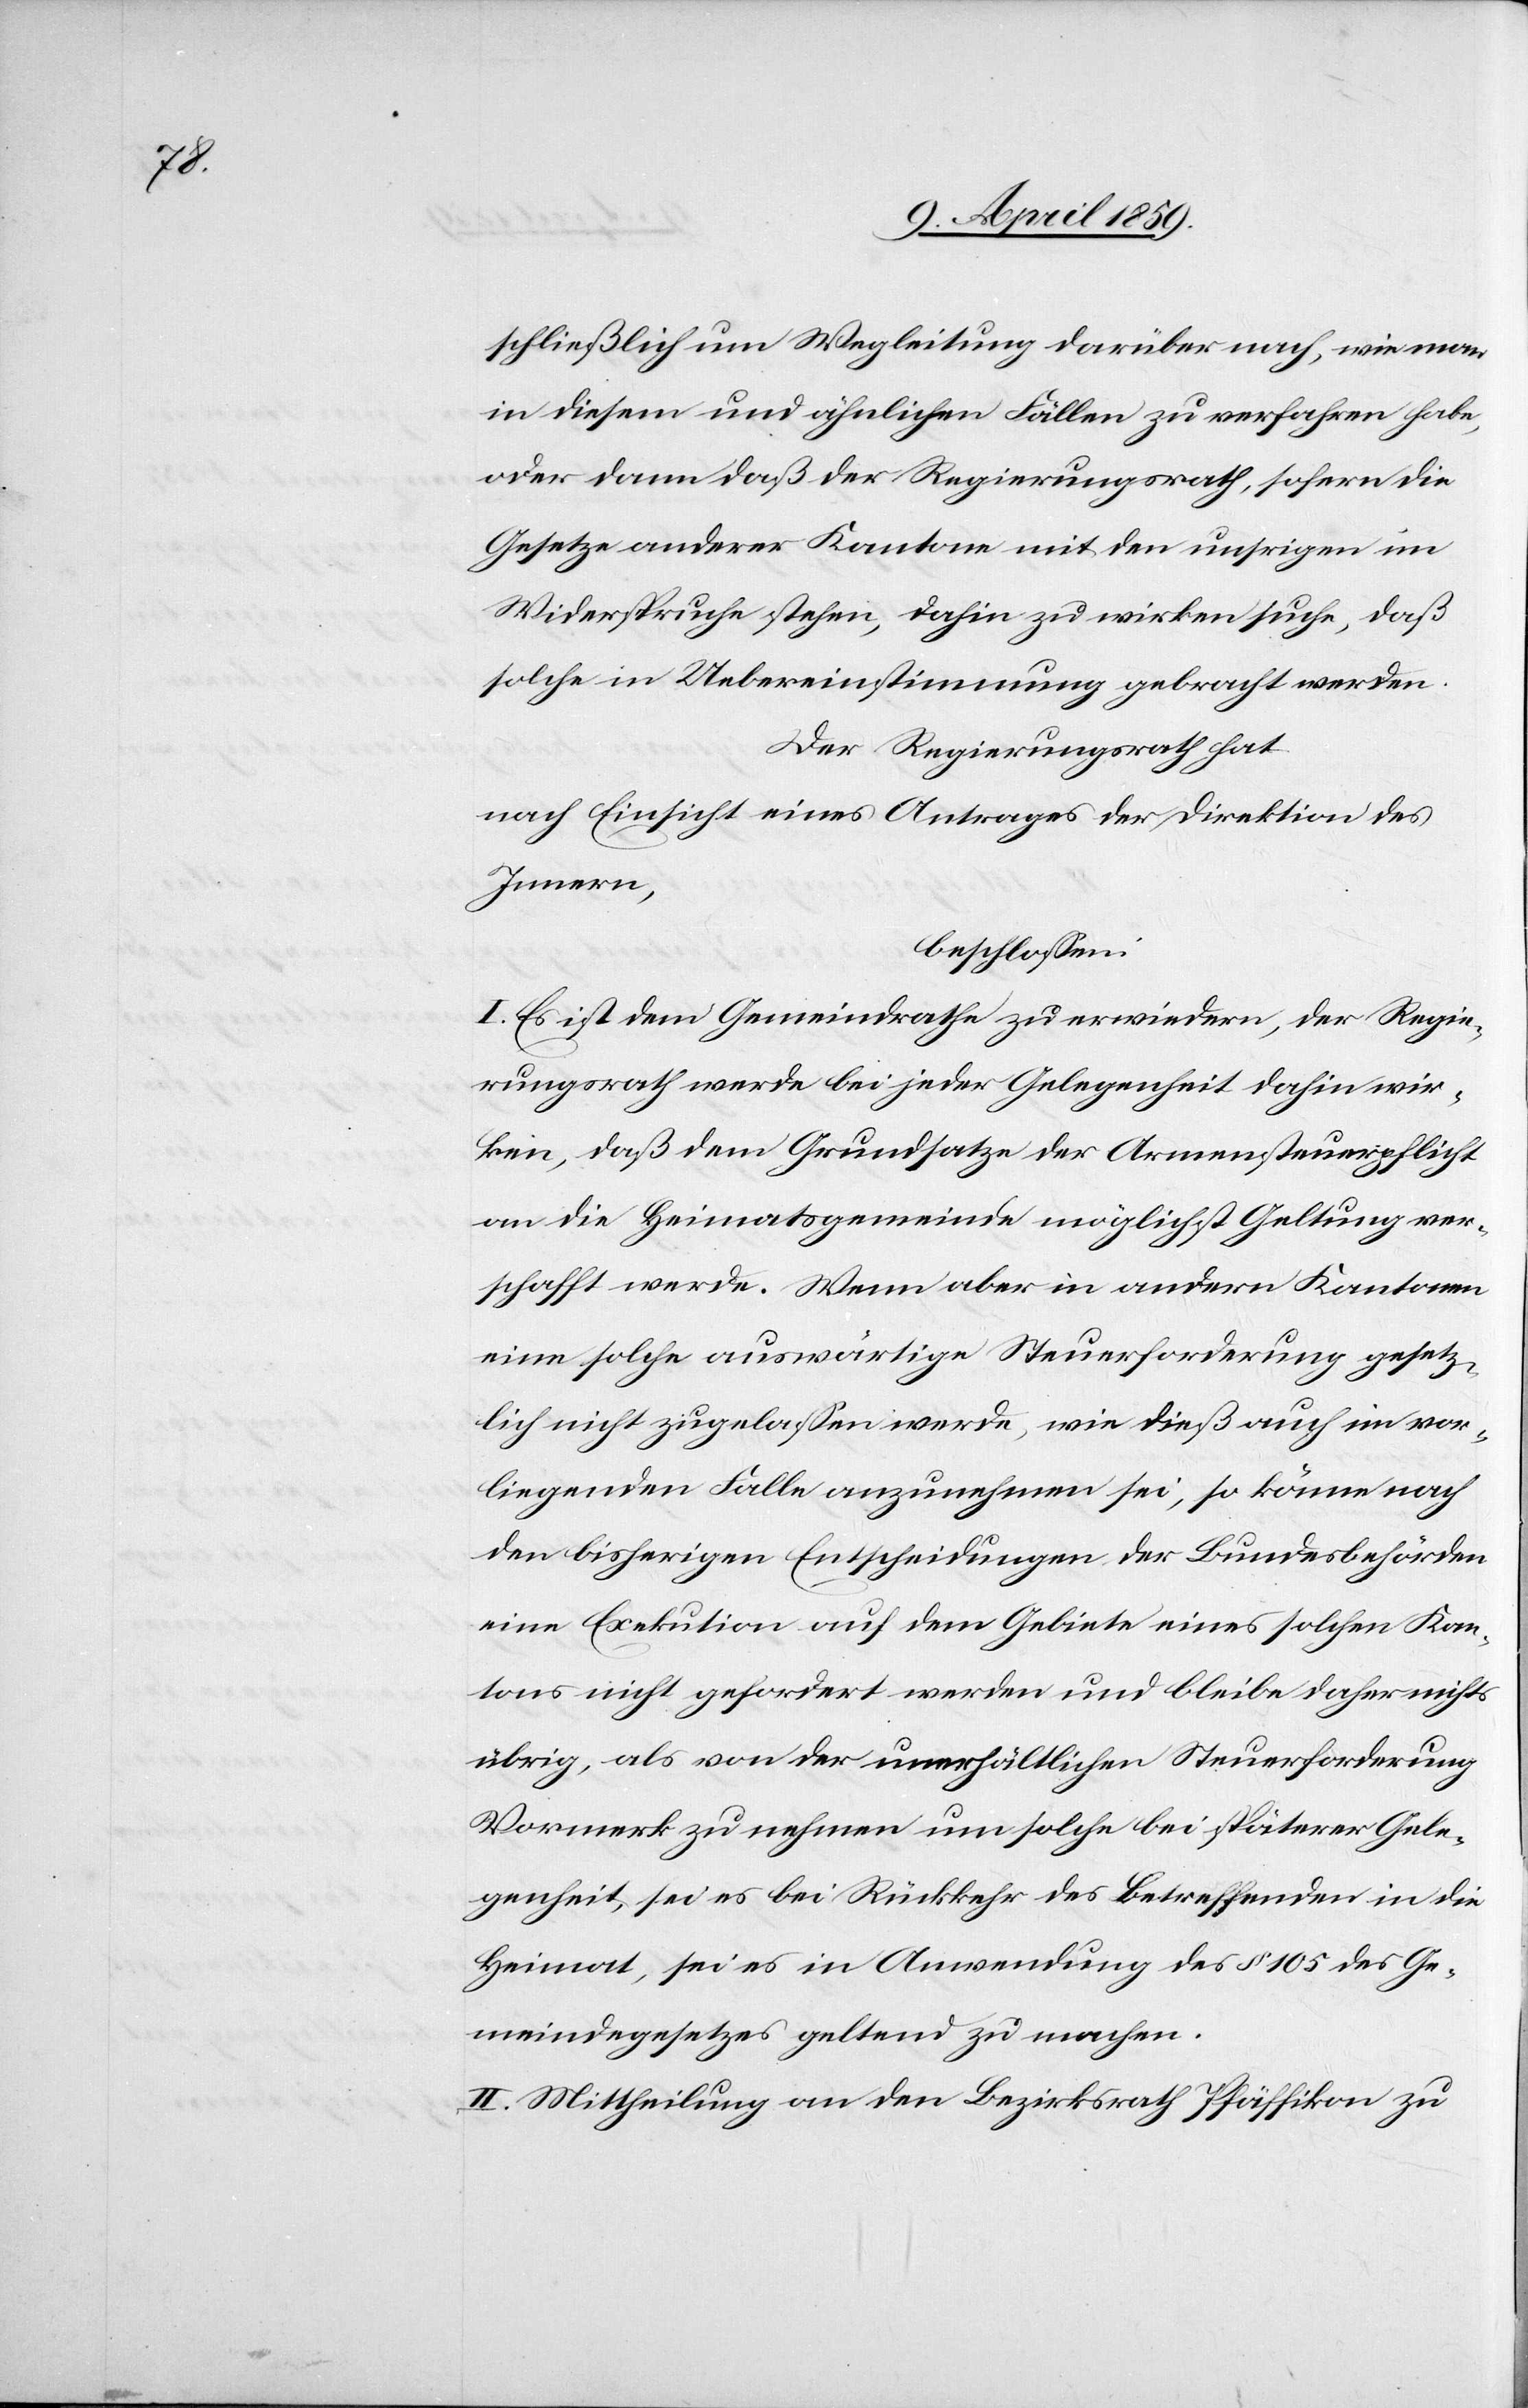
gen¬

schließlich um Wegleitung darüber nach, wie man
in diesem und ähnlichen Fällen zu verfahren habe,
oder dann daß der Regierungsrath, sofern die
Gesetze anderer Kantone mit den unsrigen im
Widerspruche stehen, dahin zu wirken suche, daß
solche in Uebereinstimmung gebracht werden.
Der Regierungsrath hat
nach Einsicht eines Antrages der Direktion des
Innern,
beschloßen:
I. Es ist dem Gemeindrathe zu erwiedern, der Regie¬
rungsrath werde bei jeder Gelegenheit dahin wir¬
ken, daß dem Grundsatze der Armensteuerpflicht
an die Heimatsgemeinde möglichst Geltung ver¬
schafft werde. Wenn aber in andern Kantonen
eine solche auswärtige Steuerforderung gesetz¬
lich nicht zugelaßen werde, wie dieß auch im vor¬
liegenden Falle anzunehmen sei, so könne nach
den bisherigen Entscheidungen der Bundesbehörden
eine Exekution auf dem Gebiete eines solchen Kan¬
tons nicht gefordert werden und bleibe daher nichts
übrig, als von der unerhältlichen Steuerforderung
Vermerk zu nehmen um solche bei späterer Gele¬
heit, sei es in Anwendung des § 105 des Ge¬
meindegesetzes geltend zu machen.
II. Mittheilung an den Bezirksrath Pfäffikon zu